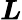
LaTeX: \boldsymbol{L}